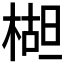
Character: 𬃱